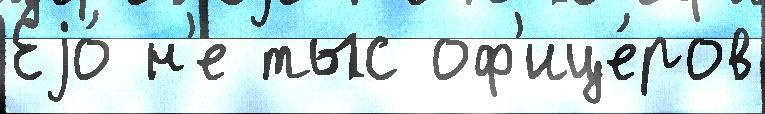
Еjо́ н'е тыс оф'ице́ров